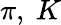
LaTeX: \pi,~K